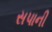
સપાની